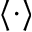
\langle \cdot \rangle